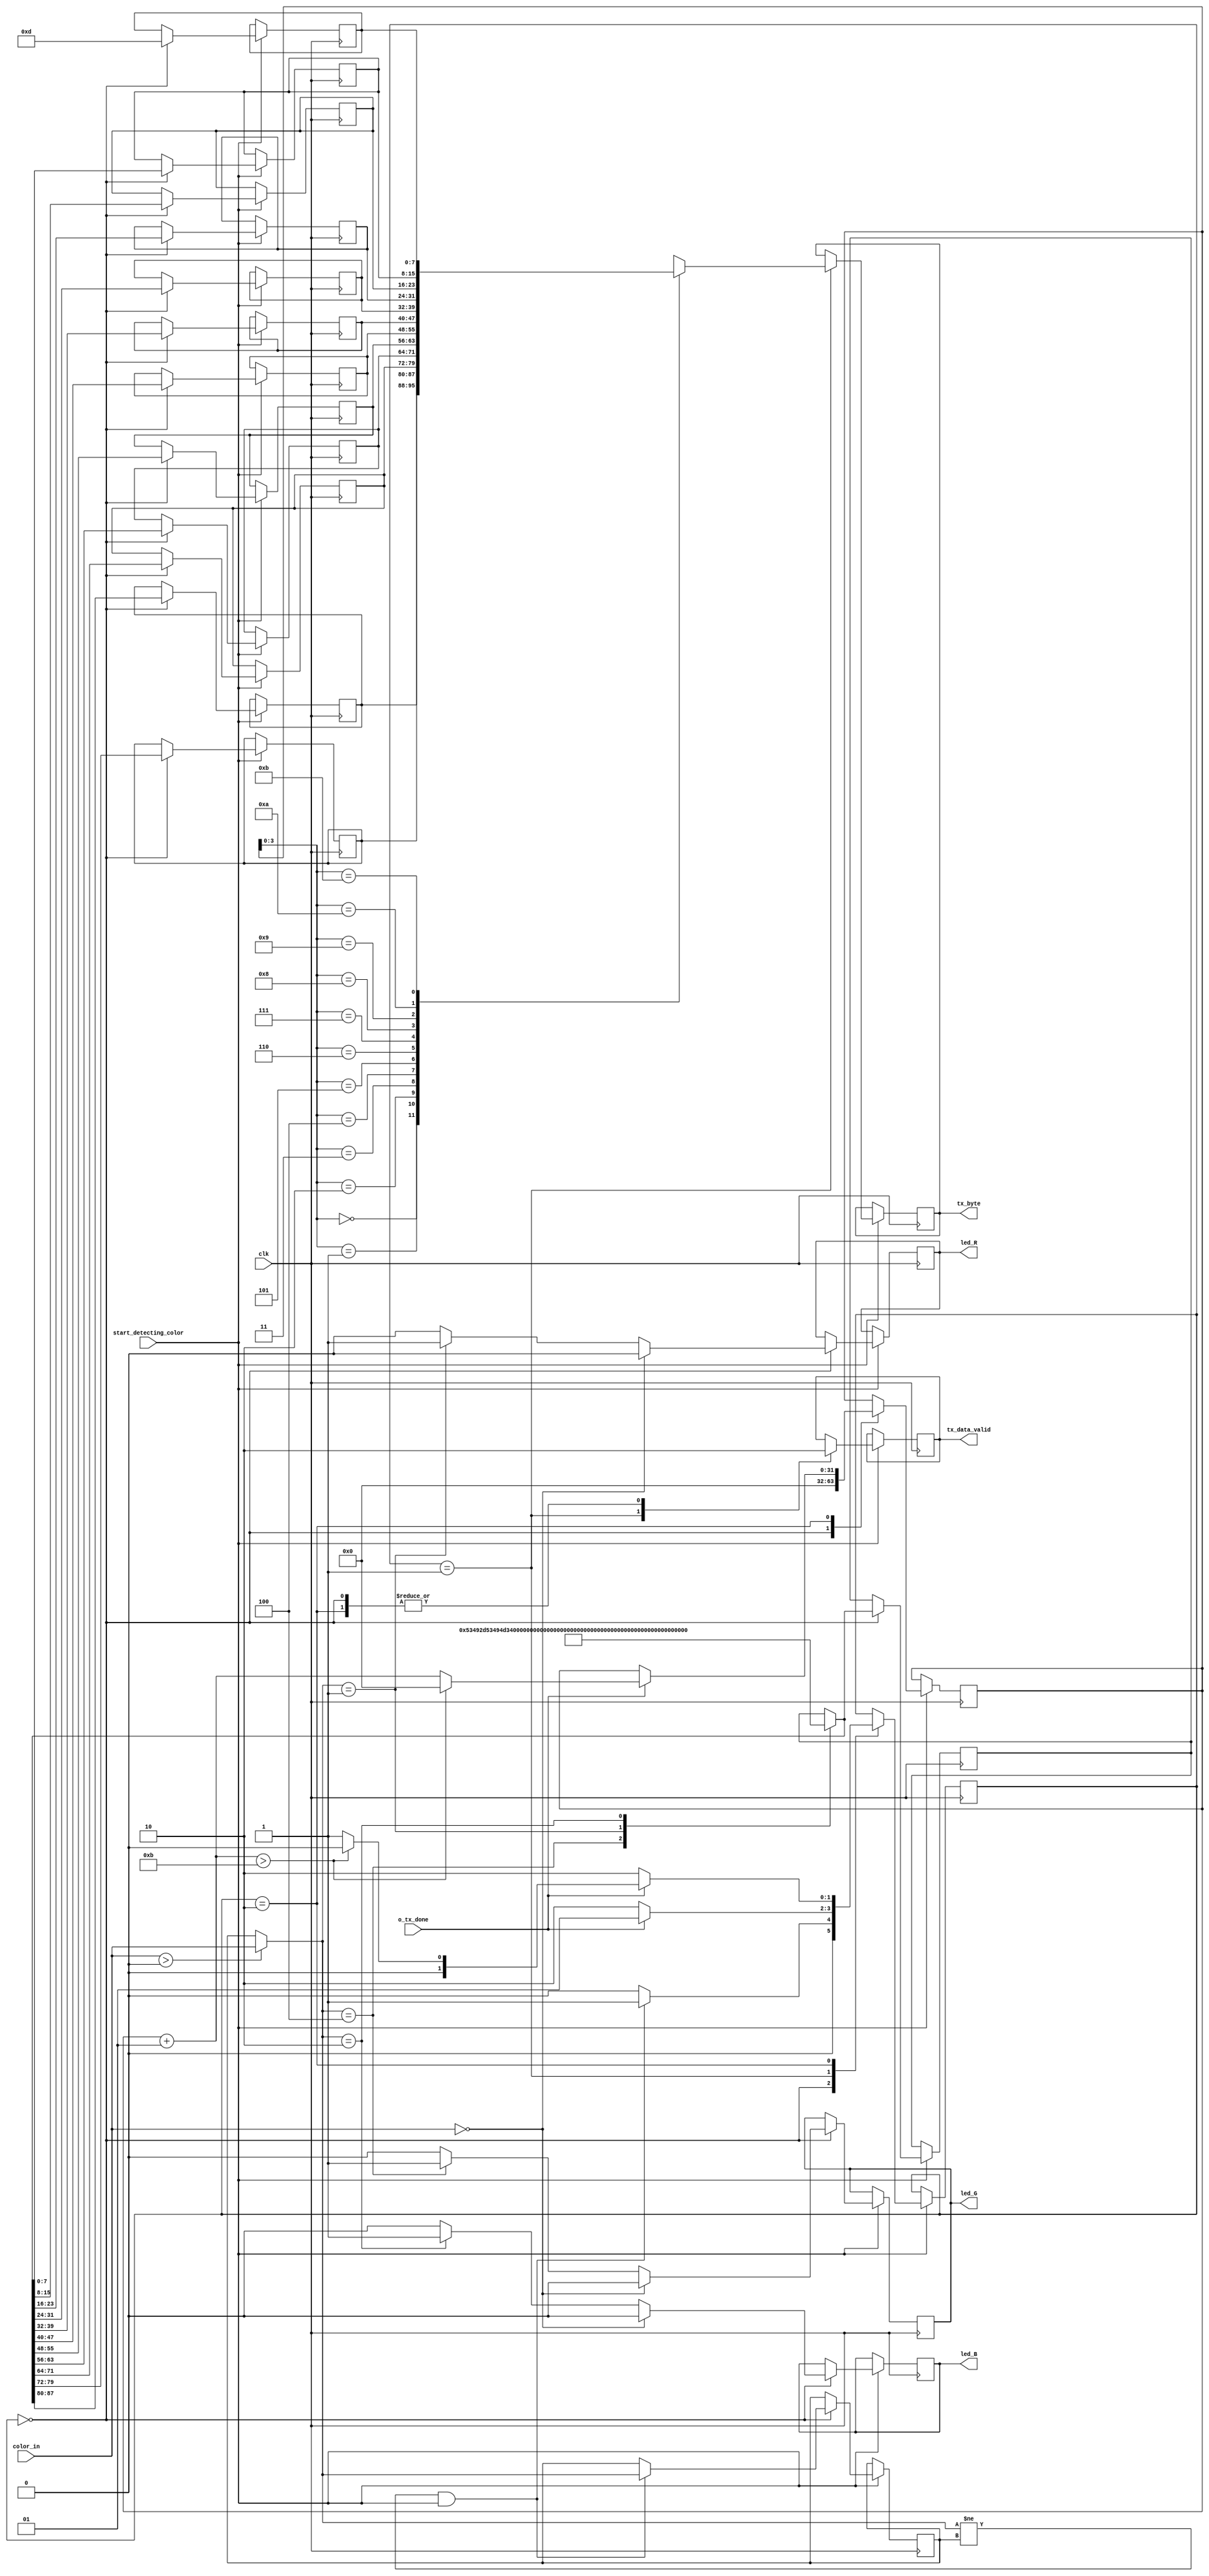
module uart_controller(
	
	input clk,								//* need to include all units in conditions
	input o_tx_done,							
	input [2:0]color_in,					// ** need to include start detcting color condition for led also
	input start_detecting_color,
	//output color_detected,
	output tx_data_valid,
	output [7:0] tx_byte,
	output led_R,
	output led_G,
	output led_B
	
	);
	
	// different states
	parameter IDLE = 2'b00,
				 SEND = 2'b01,
				 WAIT = 2'b10;
				  
	// to indicate color
	parameter red_cl = 3'b001,
				 blue_cl = 3'b010,
				 green_cl = 3'b100; 
				// no_cl = 3'b000;
	
	
	// variables
	reg r_tx_data_valid = 0;
	reg [1:0] current_state = IDLE;
	
	//reg o_tx_done =1;
	
	integer count = 0 ;
	
	//----------------transmit_bit-------------
	reg [7:0] r_tx_byte;
	
	reg [7:0] msg [11:0];
	reg [2:0] r_color_in; 

	reg [2:0] previous_color_in = 0;
	reg [95:0] temp_msg  = 0;
	
	//--------------led--------------------
	reg r_led_R = 0; 
	reg r_led_B = 0;
	reg r_led_G = 0;
	
	
	// PU msgs
	reg [87:0] MT_red_msg = "SI-SIM1-P-#";
	reg [87:0] MT_green_msg = "SI-SIM2-N-#";
	reg [87:0] MT_blue_msg = "SI-SIM3-W-#";
		
	
	initial
	begin
		temp_msg[7:0] = 8'h0D;
	end
		
	// initiaizing msg structure  or msg --------------------------------------------------------------------------------
	
	always @ (posedge clk)
	begin

	 if( start_detecting_color)
	 begin
	// Actual message sending------------------------------------------------------------------------------------- 	
		
			case(current_state)
		
			IDLE: // to select which msg to send and to control only one transmission on a particular msg
			begin
				r_tx_data_valid = 0; 
				r_color_in[2:0] = color_in[2:0] > 0 ? color_in[2:0] : previous_color_in[2:0]  ;
				
				count = 0;
				
				case(r_color_in)  // to decide which msg to send
				//------------------green---------------------
					green_cl:
					begin
						temp_msg[95:8] = MT_green_msg;
						r_led_G = 1;
						r_led_R = 0;
						r_led_B = 0;
						
					end
					
					//------------------red------------------
					red_cl : 
					begin
						temp_msg[95:8] = MT_red_msg;
						r_led_R = 1;
						r_led_B = 0;
						r_led_G = 0;
					end
					
					//-------------------blue-----------
					blue_cl :
					begin
						temp_msg[95:8] = MT_blue_msg;
						r_led_B = 1;
						r_led_G = 0;
						r_led_R = 0;
					end
					
					default:
					begin
						r_led_B = 0;
						r_led_G = 0;
						r_led_R = 0;
					end
					
				endcase
				
				if ( color_in[2:0] == 3'b000)
				begin
					r_led_B = 0;
					r_led_G = 0;
					r_led_R = 0;
				end
				
				
				
	
				//----------------transmit_message_signal--------------------
				msg[0] = temp_msg[95:88];
				msg[1] = temp_msg[87:80];
				msg[2] = temp_msg[79:72];
				msg[3] = temp_msg[71:64];
				msg[4] = temp_msg[63:56];
				msg[5] = temp_msg[55:48];
				msg[6] = temp_msg[47:40];
				msg[7] = temp_msg[39:32];
				msg[8] = temp_msg[31:24];
				msg[9] = temp_msg[23:16];
				msg[10] = temp_msg[15:8];
				msg[11] = temp_msg[7:0];
			
				
				if((r_color_in != previous_color_in) & start_detecting_color)  // to control only one transmission of message
				begin
					previous_color_in = r_color_in;
					current_state = SEND;
				end 
				else 
				begin
					current_state = IDLE;
				end
			end
			
			SEND:
			begin 
			   r_tx_data_valid = 1;
				r_tx_byte = msg[count];
				if (count == 11)
				begin
					
				end
			  // r_tx_byte = msg[count];
			   if (!o_tx_done)
			   begin
					current_state = WAIT;
			   end
			   else
			   begin
					current_state = SEND;
			   end
			end   
	
			WAIT:
			begin
				r_tx_data_valid = 0;
				if ( o_tx_done )
				begin
					current_state = SEND;
					count = count + 1;
					if (count > 11)
					begin
						count = 0;
						current_state = IDLE;
					end
				end
				else
				begin
					current_state = WAIT;
				end
			end
			endcase

	end
	end
	
	
	// assiging output
	assign tx_data_valid = r_tx_data_valid ;
	assign tx_byte = r_tx_byte;
	
	assign led_R = r_led_R;
	assign led_G = r_led_G;
	assign led_B = r_led_B;
	
	
endmodule